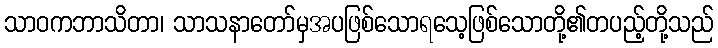
သာဝကဘာသိတာ၊ သာသနာတော်မှအပဖြစ်သောရသေ့ဖြစ်သောတို့၏တပည့်တို့သည်